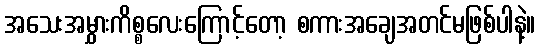
အသေးအမွှားကိစ္စလေးကြောင့်တော့ စကားအချေအတင်မဖြစ်ပါနဲ့။